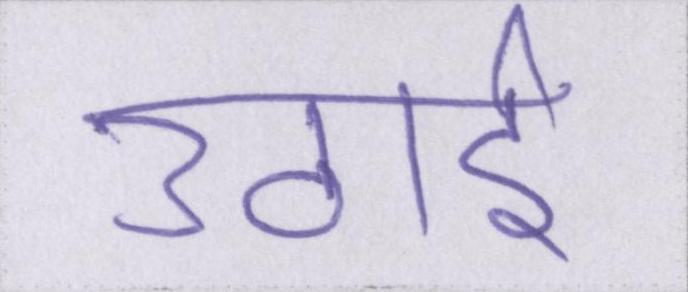
उठाई